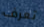
تعرف